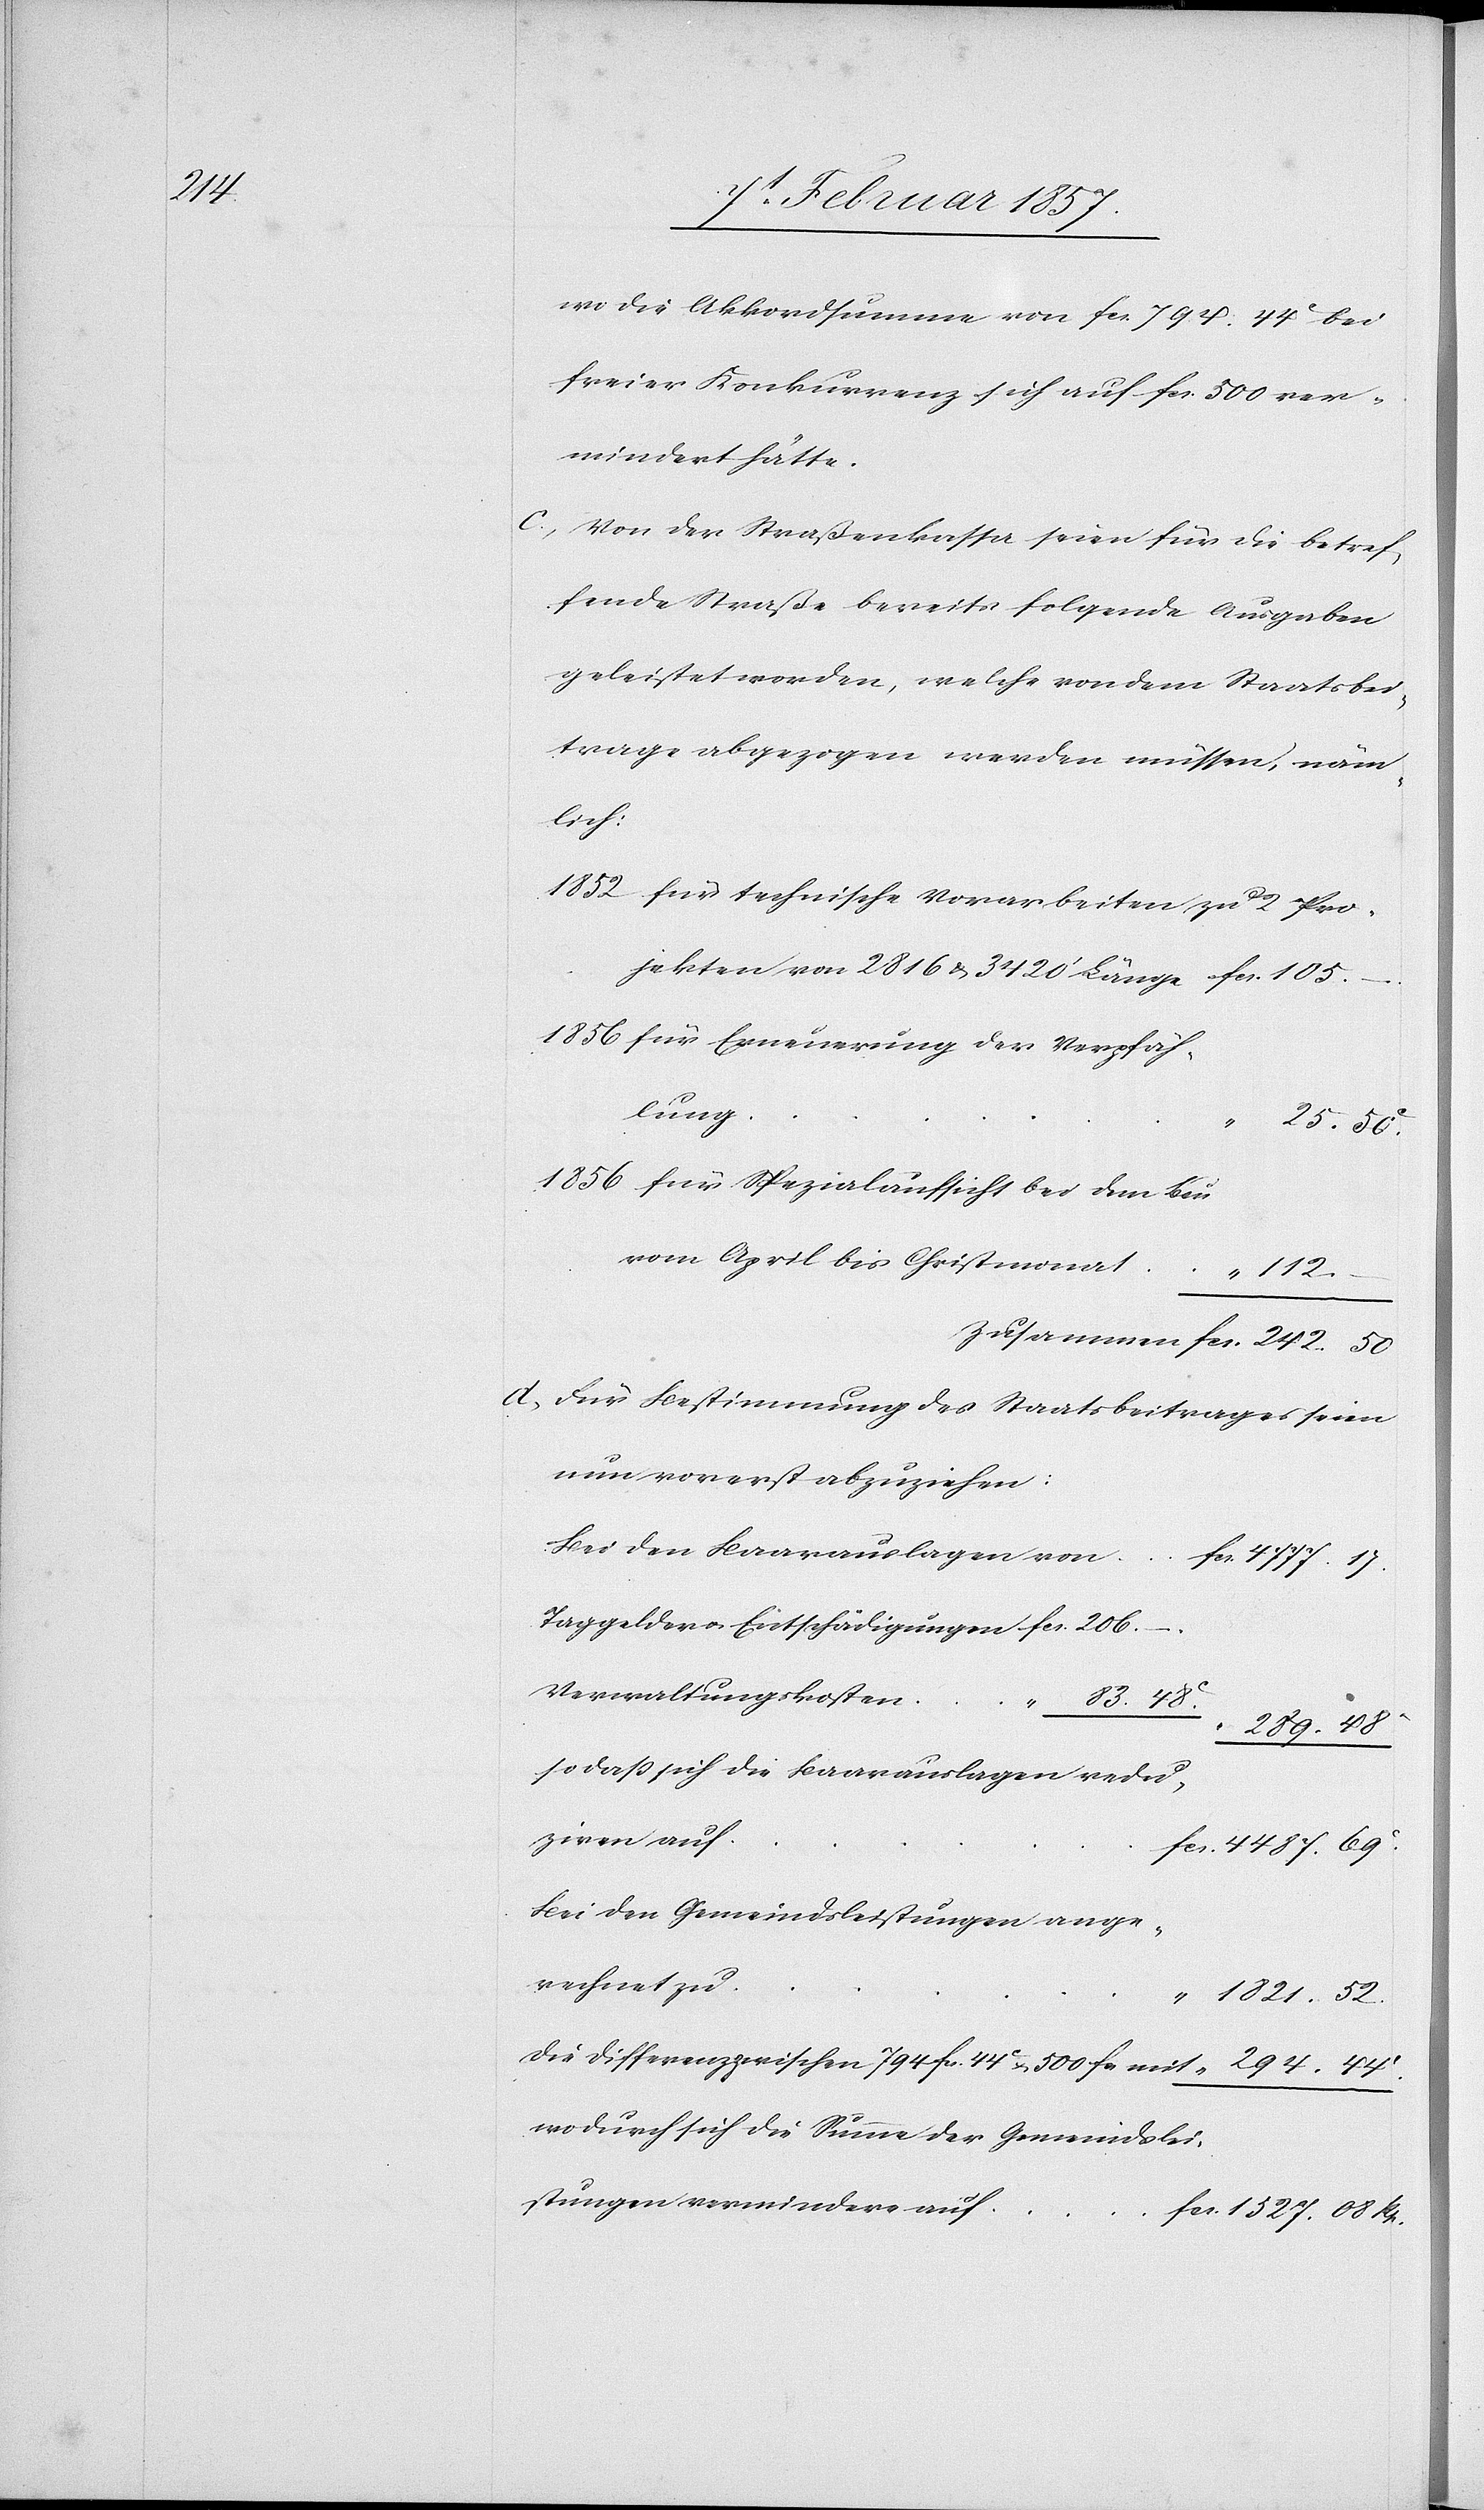
Rp.

“
wo die Akkordsumnme von fc. 794. 44 C bei
freier Konkurrenz sich auf fc. 500 ver¬
mindert hätte.
C. Von der Straßenkasse seien für die betref¬
fende Straße bereits folgende Ausgaben
geleistet worden, welche von dem Staatsbei¬
trage abgezogen werden müssen, näm¬
lich:
für technische Vorarbeiten zu 2 Pro¬
jekten von 2816 & 3420‘ Länge
für Erneuerung der Verpfäh¬
lung
vom April bis Christmonat
D. für Bestimmung des Staatsbeitrages seien
nun vorerst abzuziehen:
Bei den Baarauslagen von
Verwaltungskosten
sodaß sich die Baarauslagen redu¬
ziren auf
Bei den Gemeindsleistugnen ange¬
rechnet zu
Die Differenz zwischen 794 fc. 44 C u. 500 fr mit
wodurch sich die Summe der Gemeindslei¬
stungen vermindere auf